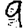
Digit: 9